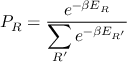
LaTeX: P _ { R } = { \frac { e ^ { - \beta E _ { R } } } { \displaystyle \sum _ { R ^ { \prime } } e ^ { - \beta E _ { R ^ { \prime } } } } }